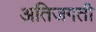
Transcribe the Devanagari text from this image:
अतिजगती